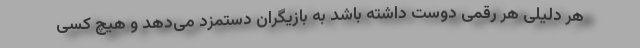
هر دلیلی هر رقمی دوست داشته باشد به بازیگران دستمزد می‌دهد و هیچ کسی